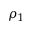
\rho _ { 1 }